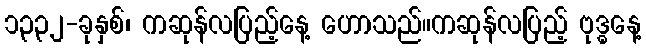
၁၃၃၂-ခုနှစ်၊ ကဆုန်လပြည့်နေ့ ဟောသည်။ကဆုန်လပြည့် ဗုဒ္ဓနေ့